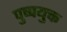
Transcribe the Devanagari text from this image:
पुष्पयुक्त